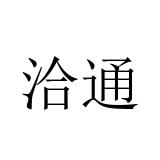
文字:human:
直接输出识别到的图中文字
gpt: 洽通